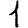
Digit: 1